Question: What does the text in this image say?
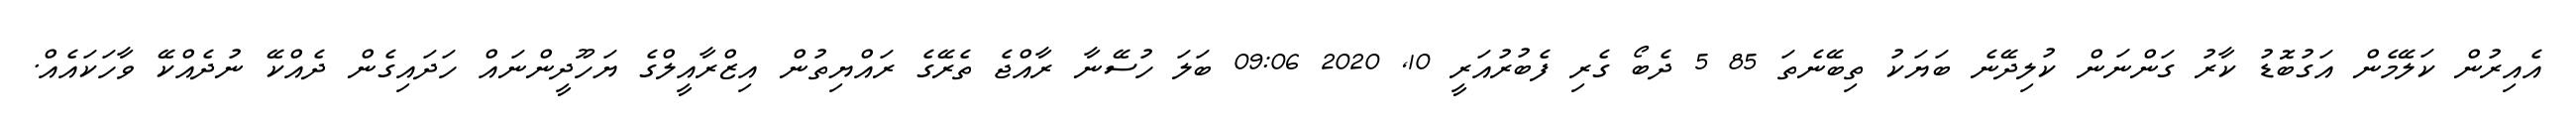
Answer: އެއިރުން ކަލޭމެން އަގުބޮޑު ކާރު ގަންނަން ކުލިދޭނެ ބަޔަކު ތިބޭނެތަ 85 5 ދެބޯ ގެރި ފެބުރުއަރީ 10, 2020 09:06 ބަލަ ހުސޭނާ ރާއްޖެ ތެރޭގެ ރައްޔިތުން އިޒްރާއީލްގެ ޔަހޫދީންނައް ހަދައިގެން ދެއްކޭ ނުދެއްކޭ ވާހަކައެއް.